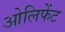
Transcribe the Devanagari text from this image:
ओलिफेंट